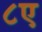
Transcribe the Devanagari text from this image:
८ए